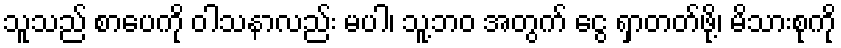
သူသည် စာပေကို ဝါသနာလည်း မပါ၊ သူ့ဘဝ အတွက် ငွေ ရှာတတ်ဖို့၊ မိသားစုကို